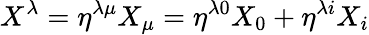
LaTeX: X^{\lambda}=\eta^{\lambda\mu}X_{\mu}=\eta^{\lambda 0}X_{0}+\eta^{\lambda i}X_{i}